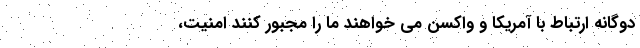
دوگانه ارتباط با آمریکا و واکسن می خواهند ما را مجبور کنند امنیت،